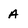
Character: a